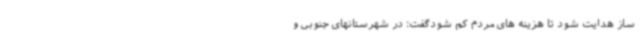
ساز هدایت شود تا هزینه های مردم کم شودگفت: در شهرستانهای جنوبی و